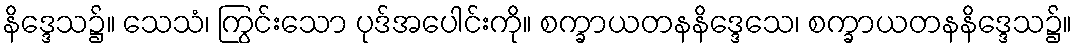
နိဒ္ဒေသ၌။ သေသံ၊ ကြွင်းသော ပုဒ်အပေါင်းကို။ စက္ခာယတနနိဒ္ဒေသေ၊ စက္ခာယတနနိဒ္ဒေသ၌။